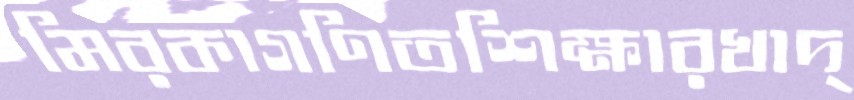
মিরকাগণিতশিক্ষারখাদ্